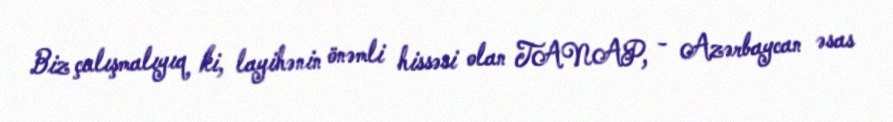
Biz çalışmalıyıq ki, layihənin önəmli hissəsi olan TANAP, - Azərbaycan əsas